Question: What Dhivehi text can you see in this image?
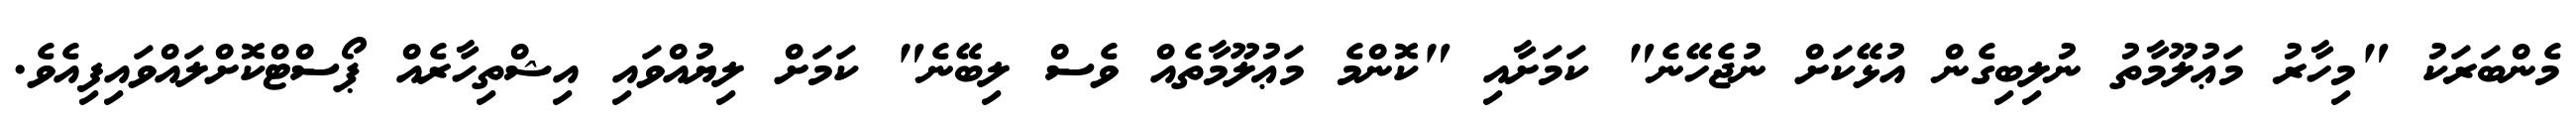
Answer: މެންބަރަކު "މިހާރު މަޢުލޫމާތު ނުލިބިގެން އުޅޭކަށް ނުޖެހޭނެ" ކަމަށާއި "ކޮންމެ މަޢުލޫމާތެއް ވެސް ލިބޭނެ" ކަމަށް ލިޔުއްވައި އިޝްތިހާރެއް ޕޯސްޓްކޮށްލައްވައިފިއެވެ.